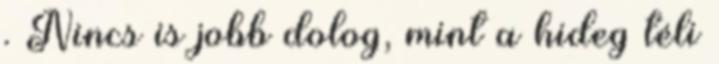
. Nincs is jobb dolog, mint a hideg téli